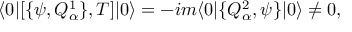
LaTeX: \langle 0 | [ \{ \psi , Q _ { \alpha } ^ { 1 } \} , T ] | 0 \rangle = - i m \langle 0 | \{ Q _ { \alpha } ^ { 2 } , \psi \} | 0 \rangle \neq 0 ,